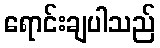
ရောင်းချပါသည်